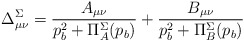
\begin{align*}\Delta^{\Sigma}_{\mu \nu} ={A_{\mu \nu} \over p_b^2+\Pi^{\Sigma}_{A}(p_b)}+{B_{\mu \nu} \over p_b^2+\Pi^{\Sigma}_{B}(p_b)}\end{align*}